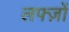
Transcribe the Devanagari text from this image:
लफ्ज़ों